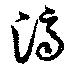
濟